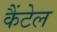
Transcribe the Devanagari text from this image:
कैंटेल